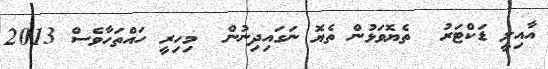
އާއިލީ ޑަކްޓަރު  ތެޔޮވަޅުން ތެޔޮ ނަގައިދިނުން  މިހިރީ ހައްތަހާވެސް 2013